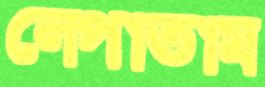
লেপাতাম